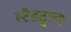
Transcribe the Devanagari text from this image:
स्टैडट्वल्ड